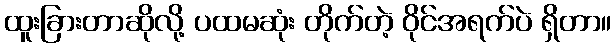
ထူးခြားတာဆိုလို့ ပထမဆုံး တိုက်တဲ့ ဝိုင်အရက်ပဲ ရှိတာ။